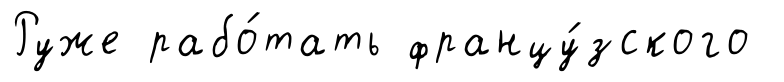
Руже рабо́тать францу́зского